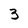
Character: 3